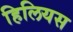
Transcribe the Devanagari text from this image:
हिलियस